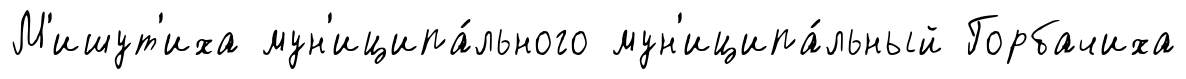
М'ишут'иха мун'иципа́льного мун'иципа́льный Горбачиха